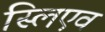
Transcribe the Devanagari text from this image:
स्लिएव